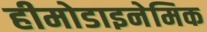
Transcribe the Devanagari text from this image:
हीमोडाइनेमिक